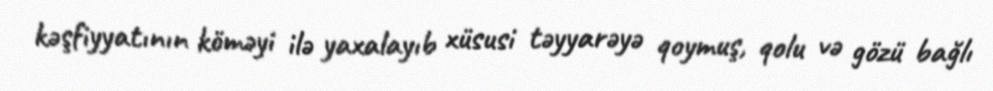
kəşfiyyatının köməyi ilə yaxalayıb xüsusi təyyarəyə qoymuş, qolu və gözü bağlı